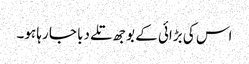
اس کی بڑائی کے بوجھ تلے دبا جا رہا ہو۔